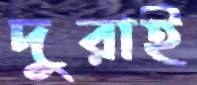
দুরাই